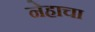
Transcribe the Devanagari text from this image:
नेहाचा